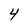
Character: 4